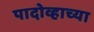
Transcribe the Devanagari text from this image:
पादोव्हाच्या